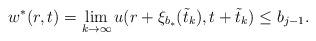
LaTeX: \begin{align*}w^*(r,t)=\lim_{k\to\infty}u(r+\xi_{b_*}(\tilde t_k), t+\tilde t_k)\leq b_{j-1}.\end{align*}